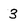
Character: 3